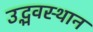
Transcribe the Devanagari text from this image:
उद्भवस्थान